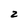
Character: 2